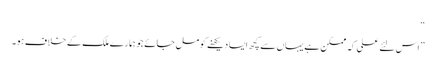
“
” اس لئے علی کہ ممکن ہے یہاں سے کچھ ایسا دیکھنے کو مل جائے جو ہمارے ملک کے خلاف ہو۔